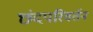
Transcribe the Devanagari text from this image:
छंदपरिवर्तन